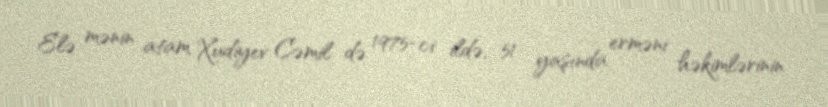
Elə mənin atam Xudiyev Cəmil də 1975-ci ildə, 51 yaşında erməni həkimlərinin